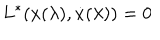
L ^ { * } ( x ( \lambda ) , { \dot { x } } ( \lambda ) ) = 0